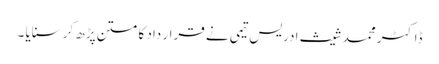
ڈاکٹر محمد شیث ادریس تیمی نے قرار داد کا متن پڑھ کر سنایا ۔